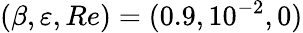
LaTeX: (\beta,\varepsilon,Re)=(0.9,10^{-2},0)